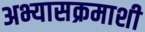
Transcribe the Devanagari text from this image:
अभ्यासक्रमाशी